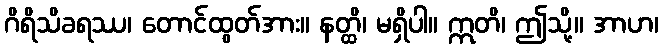
ဂိရိသိခရဿ၊ တောင်ထွတ်အား။ နတ္ထိ၊ မရှိပါ။ ဣတိ၊ ဤသို့။ အာဟ၊